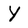
Character: Y